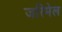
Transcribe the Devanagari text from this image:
जरिमेल